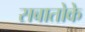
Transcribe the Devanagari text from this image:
सबातोके